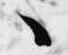
々